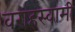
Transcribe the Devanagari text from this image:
वराहस्‍वामी